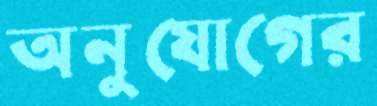
অনুযোগের